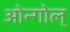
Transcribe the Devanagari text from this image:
ओन्गोल्